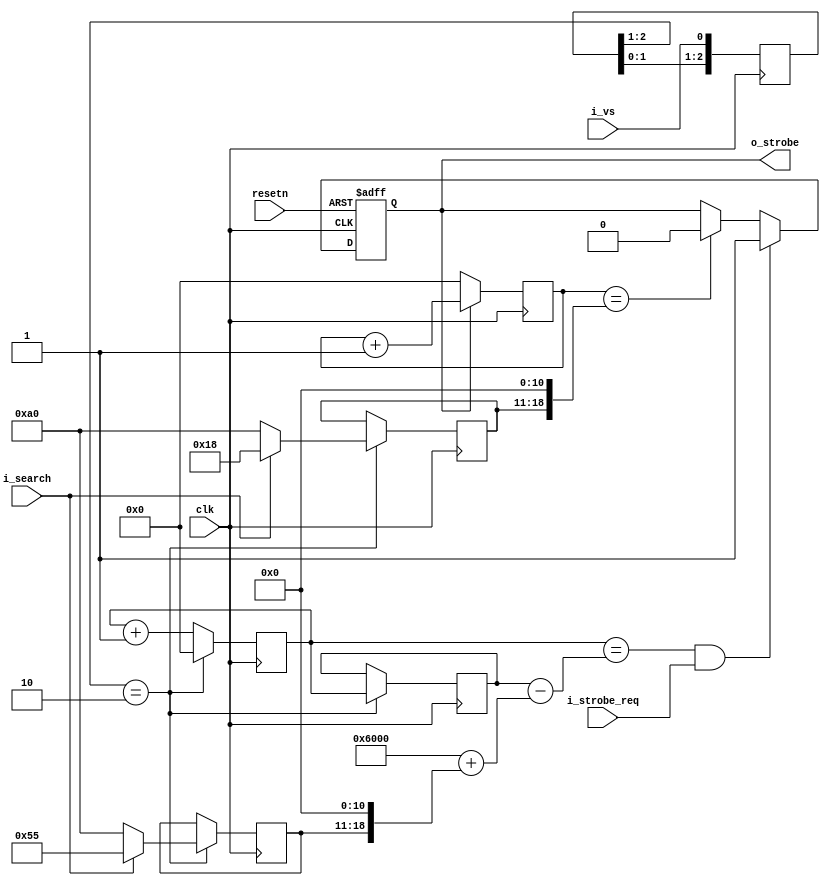

module himax_led_strobe (
input		clk         ,

input           i_vs        ,
input           i_strobe_req,
input           i_search    , // search mode. Use input parameter

output reg   	o_strobe    ,

input		resetn     
);

parameter DELAY_FULL      = 8'd160;
parameter DURATION_FULL   = 8'd160;
parameter DELAY_SEARCH    = 8'd85;
parameter DURATION_SEARCH = 8'd24;

wire	[23:0]	delay;
wire	[23:0]	duration;

reg	[7:0]	r_delay;
reg	[7:0]	r_duration;

reg	[23:0]	period_cnt;
reg	[23:0]	period_lat;
reg	[23:0]	duration_cnt;

reg	[2:0]	vs_d;
wire		w_vs_edge;

assign w_vs_edge = (vs_d[2:1] == 2'b10);

always @(posedge clk)
begin
    vs_d <= {vs_d[1:0], i_vs};
end

always @(posedge clk)
begin
    if(w_vs_edge) begin
	r_delay    <= i_search ? DELAY_SEARCH    : DELAY_FULL;
	r_duration <= i_search ? DURATION_SEARCH : DURATION_FULL;
    end
end

assign delay    = (24'd24576 + {5'b0, r_delay, 11'b0});
assign duration = {5'b0, r_duration, 11'b0};

always @(posedge clk)
begin
    if(w_vs_edge)
	period_cnt <= 24'd0;
    else
	period_cnt <= period_cnt + 24'd1;
end

always @(posedge clk)
begin
    if(w_vs_edge)
	period_lat <= period_cnt;
end

always @(posedge clk or negedge resetn)
begin
    if(resetn == 1'b0)
	o_strobe <= 1'b0;
    else if((period_cnt == (period_lat - delay)) && (i_strobe_req == 1'b1))
	o_strobe <= 1'b1;
    else if(duration_cnt == duration)
	o_strobe <= 1'b0;
end

always @(posedge clk)
begin
    if(o_strobe)
	duration_cnt <= duration_cnt + 24'd1;
    else
	duration_cnt <= 24'd0;
end

endmodule